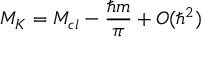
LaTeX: M _ { K } = M _ { c l } - \frac { \hbar m } { \pi } + O ( \hbar ^ { 2 } )